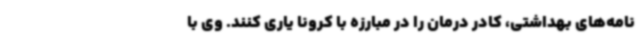
نامه‌های بهداشتی، کادر درمان را در مبارزه با کرونا یاری کنند. وی با